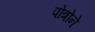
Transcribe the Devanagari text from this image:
पोत्रोने